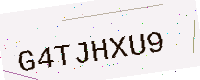
Text: G4TJHXU9